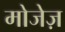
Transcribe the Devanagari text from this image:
मोजेज़